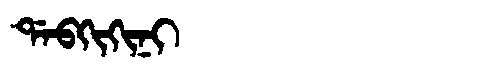
Manchu: ᡩᠠᠪᡴᡳᡴᡳᠨᡳ
Romanization: DABKIKINI